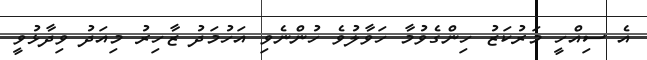
އެ ސިއްހީ މަރުކަޒު ހިންގެވުމާ ހަވާލުވެ ހުންނެވި އަހުމަދު ޒާހިރު މިއަދު ވިދާޅުވީ